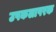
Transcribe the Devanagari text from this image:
उपकलापरक